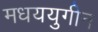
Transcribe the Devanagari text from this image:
मधययुगीन